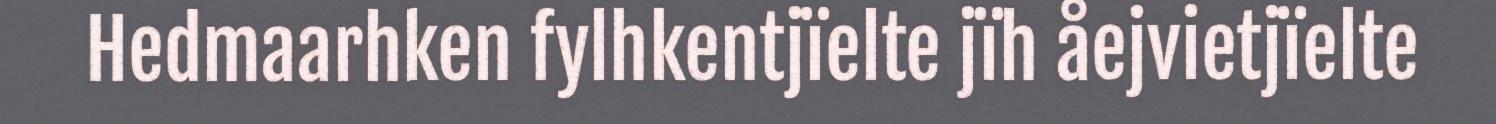
Hedmaarhken fylhkentjïelte jïh åejvietjïelte